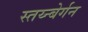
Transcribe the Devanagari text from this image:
स्तय्न्बेर्गन